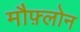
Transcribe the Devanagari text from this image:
मौफ़्लोन